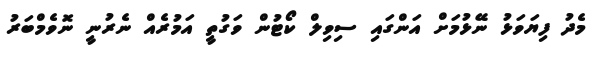
މެދު ފިޔަވަޅު ނޭޅުމަށް އަންގައި ސިވިލް ކޯޓުން ވަގުތީ އަމުރެއް ނެރުނީ ނޮވެމްބަރު